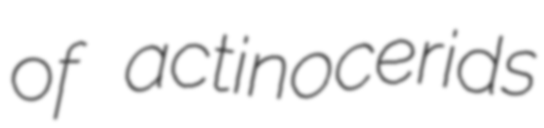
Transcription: of actinocerids